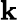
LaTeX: \mathbf{k}